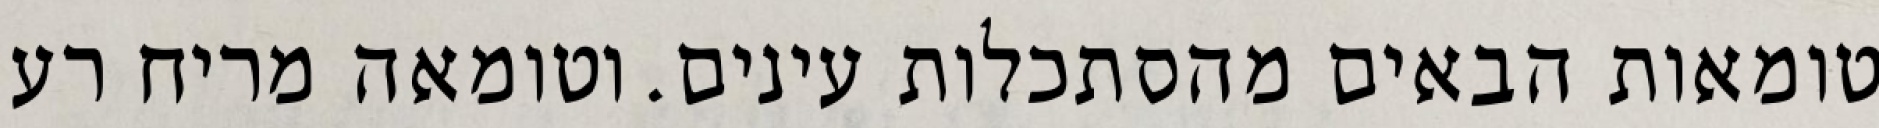
טומאות הבאים מהסתכלות עינים. וטומאה מריח רע